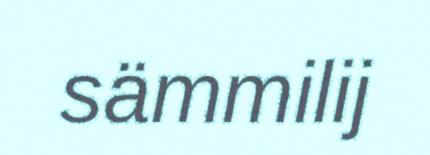
sämmilij